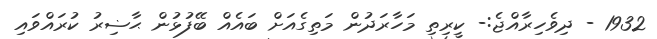
1932 - ދިވެހިރާއްޖެ:- ކީރިތި މަހާރަދުން މަތިގެއަށް ބައެއް ބޭފުޅުން ޙާޟިރު ކުރައްވައި